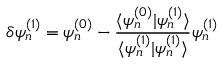
\delta \psi _ { n } ^ { ( 1 ) } = \psi _ { n } ^ { ( 0 ) } - \frac { \langle \psi _ { n } ^ { ( 0 ) } | \psi _ { n } ^ { ( 1 ) } \rangle } { \langle \psi _ { n } ^ { ( 1 ) } | \psi _ { n } ^ { ( 1 ) } \rangle } \psi _ { n } ^ { ( 1 ) }